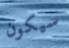
سيكون